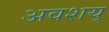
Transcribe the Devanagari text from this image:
अवशय्